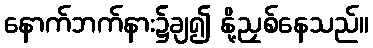
နောက်ဘက်နား၌ချ၍ နို့ညှစ်နေသည်။